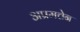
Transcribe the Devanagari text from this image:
अप्रमत्तेन